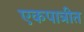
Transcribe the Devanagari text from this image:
एकपात्रीत